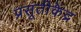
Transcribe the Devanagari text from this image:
प्रसूतीकेंद्र